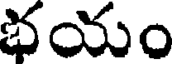
భయం